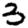
Digit: 3